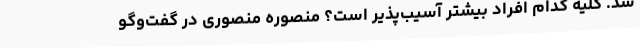
شد. کلیه کدام افراد بیشتر آسیب‌پذیر است؟ منصوره منصوری در گفت‌وگو